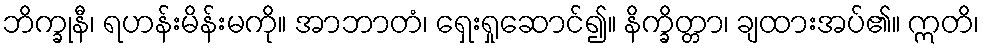
ဘိက္ခုနီ၊ ရဟန်းမိန်းမကို။ အာဘာတံ၊ ရှေးရှုဆောင်၍။ နိက္ခိတ္တာ၊ ချထားအပ်၏။ ဣတိ၊